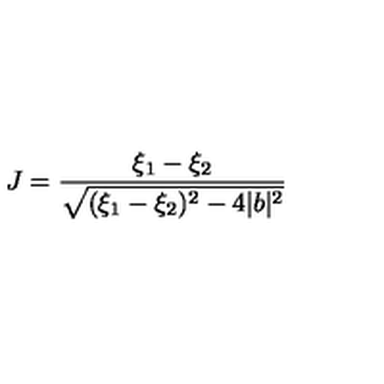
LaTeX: J = { \frac { \xi _ { 1 } - \xi _ { 2 } } { \sqrt { ( \xi _ { 1 } - \xi _ { 2 } ) ^ { 2 } - 4 | b | ^ { 2 } } } }